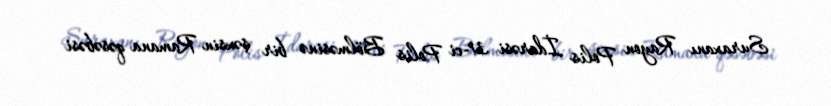
Suraxanı Rayon Polis İdarəsi 31-ci Polis Bölməsinə bir şəxsin Ramana qəsəbəsi